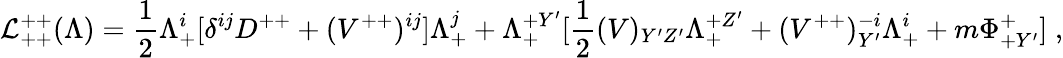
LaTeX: {\cal L}_{++}^{++}(\Lambda)={\frac{1}{2}}\Lambda_{+}^{i}[\delta^{ij}D^{++}+(V^{++})^{ij}]\Lambda_{+}^{j}+\Lambda_{+}^{+Y^{\prime}}[{\frac{1}{2}}(V)_{Y^{\prime}Z^{\prime}}\Lambda_{+}^{+Z^{\prime}}+(V^{++})_{Y^{\prime}}^{-i}\Lambda_{+}^{i}+m\Phi_{+Y^{\prime}}^{+}]\; ,